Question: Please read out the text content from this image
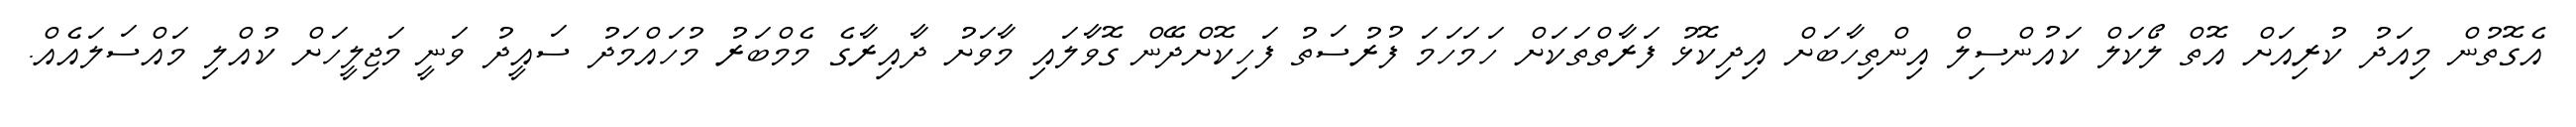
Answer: އެގޮތުން މިއަދު ކުރިއަށް އޮތް ލޯކަލް ކައުންސިލް އިންތިހާބަށް އިދިކޮޅު ފަރާތްތަކަށް ހަމަހަމަ ފުރުސަތު ފަހިކޮށްދޭން ގޮވާލައި މާވަށު ދާއިރާގެ މެމްބަރު މުހައްމަދު ސައީދު ވަނީ މަޖިލީހަށް ކުއްލި މައްސަލައެއް.